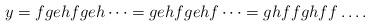
LaTeX: \begin{align*}y=fgehfgeh\dots = gehfgehf \dots = ghffghff \dots .\end{align*}